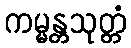
ကမ္မန္တသုတ္တံ